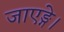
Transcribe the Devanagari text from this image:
जाएङ्गे।